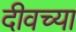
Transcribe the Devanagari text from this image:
दीवच्या